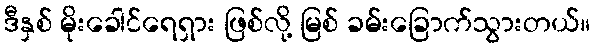
ဒီနှစ် မိုးခေါင်ရေရှား ဖြစ်လို့ မြစ် ခမ်းခြောက်သွားတယ်။